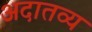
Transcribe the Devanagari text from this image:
अदातव्य